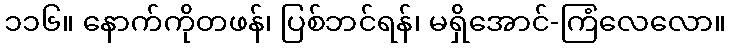
၁၁၆။ နောက်ကိုတဖန်၊ ပြစ်ဘင်ရန်၊ မရှိအောင်-ကြံလေလော။